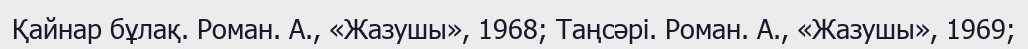
Қайнар бұлақ. Роман. А., «Жазушы», 1968; Таңсәрі. Роман. А., «Жазушы», 1969;